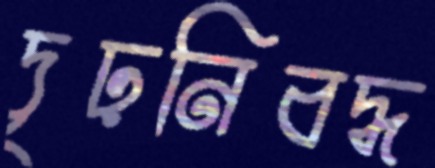
দৃঢ়নিবদ্ধ